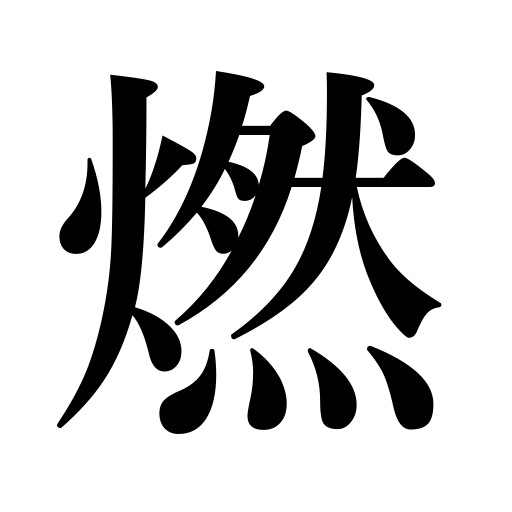
Meanings: blaze,burn,glow